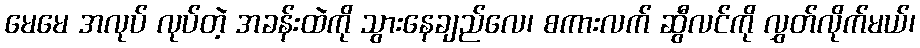
မေမေ အလုပ် လုပ်တဲ့ အခန်းထဲကို သွားနေချည်လေ၊ စကားလက် ဆွီလင်ကို လွှတ်လိုက်မယ်၊